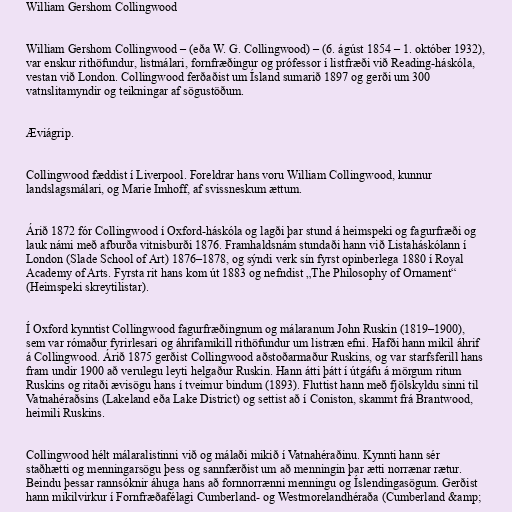
William Gershom Collingwood

William Gershom Collingwood – (eða W. G. Collingwood) – (6. ágúst 1854 – 1. október 1932),
var enskur rithöfundur, listmálari, fornfræðingur og prófessor í listfræði við Reading-háskóla,
vestan við London. Collingwood ferðaðist um Ísland sumarið 1897 og gerði um 300
vatnslitamyndir og teikningar af sögustöðum.

Æviágrip.

Collingwood fæddist í Liverpool. Foreldrar hans voru William Collingwood, kunnur
landslagsmálari, og Marie Imhoff, af svissneskum ættum.

Árið 1872 fór Collingwood í Oxford-háskóla og lagði þar stund á heimspeki og fagurfræði og
lauk námi með afburða vitnisburði 1876. Framhaldsnám stundaði hann við Listaháskólann í
London (Slade School of Art) 1876–1878, og sýndi verk sín fyrst opinberlega 1880 í Royal
Academy of Arts. Fyrsta rit hans kom út 1883 og nefndist „The Philosophy of Ornament“
(Heimspeki skreytilistar).

Í Oxford kynntist Collingwood fagurfræðingnum og málaranum John Ruskin (1819–1900),
sem var rómaður fyrirlesari og áhrifamikill rithöfundur um listræn efni. Hafði hann mikil áhrif
á Collingwood. Árið 1875 gerðist Collingwood aðstoðarmaður Ruskins, og var starfsferill hans
fram undir 1900 að verulegu leyti helgaður Ruskin. Hann átti þátt í útgáfu á mörgum ritum
Ruskins og ritaði ævisögu hans í tveimur bindum (1893). Fluttist hann með fjölskyldu sinni til
Vatnahéraðsins (Lakeland eða Lake District) og settist að í Coniston, skammt frá Brantwood,
heimili Ruskins.

Collingwood hélt málaralistinni við og málaði mikið í Vatnahéraðinu. Kynnti hann sér
staðhætti og menningarsögu þess og sannfærðist um að menningin þar ætti norrænar rætur.
Beindu þessar rannsóknir áhuga hans að fornnorrænni menningu og Íslendingasögum. Gerðist
hann mikilvirkur í Fornfræðafélagi Cumberland- og Westmorelandhéraða (Cumberland &amp;